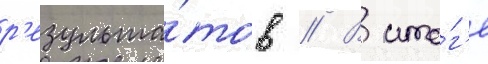
р'езульта́тов // В ито́г'е